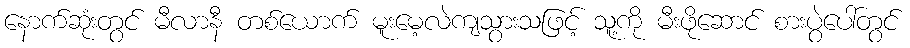
နောက်ဆုံးတွင် မီလာနီ တစ်ယောက် မူးမေ့လဲကျသွားသဖြင့် သူ့ကို မီးဖိုဆောင် စားပွဲပေါ်တွင်